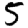
Digit: 5